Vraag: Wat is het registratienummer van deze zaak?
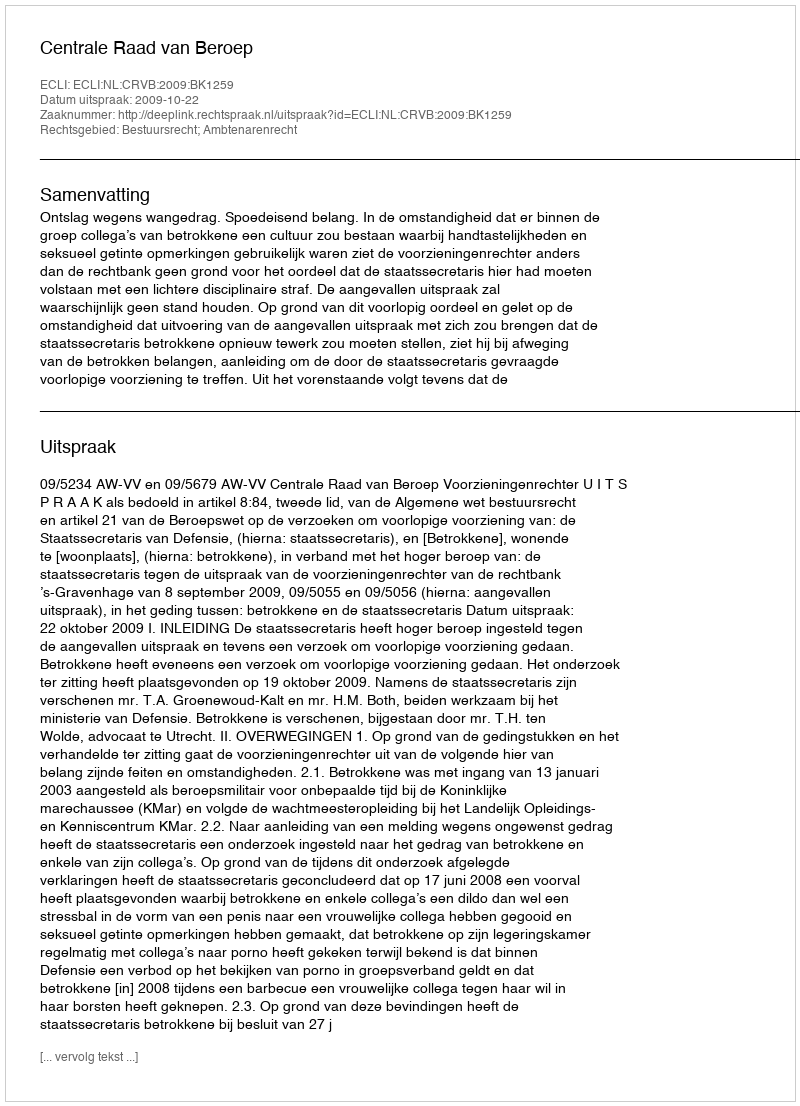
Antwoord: http://deeplink.rechtspraak.nl/uitspraak?id=ECLI:NL:CRVB:2009:BK1259